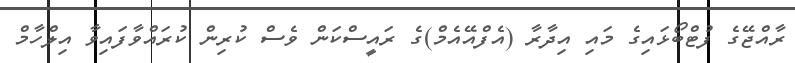
ރާއްޖޭގެ ފުޓްބޯޅައިގެ މައި އިދާރާ (އެފްއޭއެމް)ގެ ރައީސްކަން ވެސް ކުރިން ކުރައްވާފައިވާ އިލްހާމް